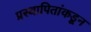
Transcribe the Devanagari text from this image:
प्रस्थापितांकडून